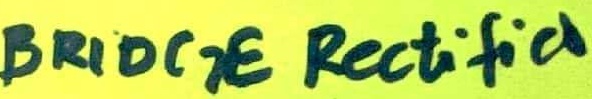
Text: BRIDGE Rectifier